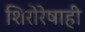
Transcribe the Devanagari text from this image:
शिरोरेषाही